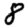
Digit: 8